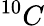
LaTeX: ^{10}C